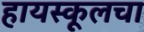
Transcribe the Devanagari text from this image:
हायस्कूलचा